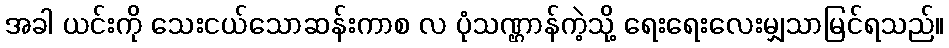
အခါ ယင်းကို သေးငယ်သောဆန်းကာစ လ ပုံသဏ္ဌာန်ကဲ့သို့ ရေးရေးလေးမျှသာမြင်ရသည်။